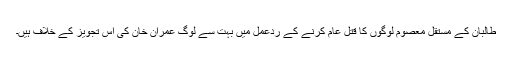
طالبان کے مستقل معصوم لوگوں کا قتل عام کرنے کے ردعمل میں بہت سے لوگ عمران خان کی اس تجویز کے خلاف ہیں۔